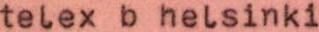
telex b helsinki